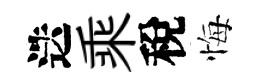
迭乘稅悔